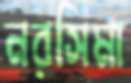
নরসিমা